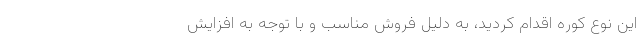
این نوع کوره اقدام کردید، به دلیل فروش مناسب و با توجه به افزایش